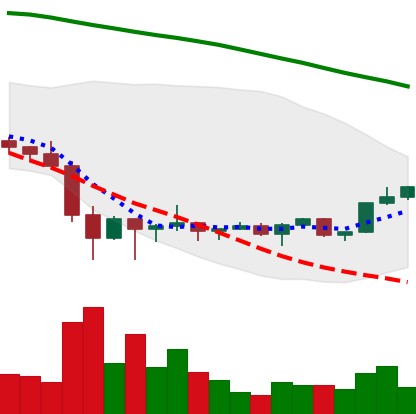
Ticker: XRP-USD
Chart end date: 2022-02-06
Forward return: 11.201%
Label: up_7plus